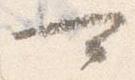
可